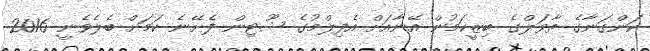
ކަންގަނާގެ ތާވަލްގެ ބިޒީކަމުން އޭނާއަށް އެފިލްމުގެ ޝޫޓިން ފެށޭނެ ކަމަށް ބެލެވެނީ 2016